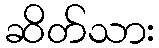
ဆိတ်သား